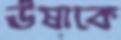
ঊষাকে